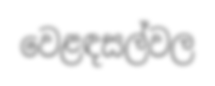
වෙළඳසල්වල